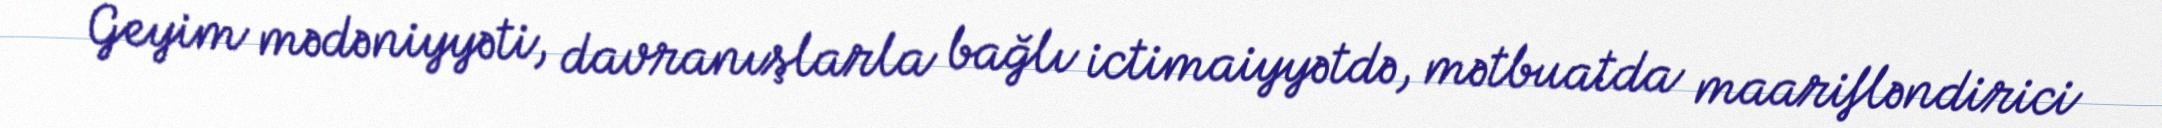
Geyim mədəniyyəti, davranışlarla bağlı ictimaiyyətdə, mətbuatda maarifləndirici